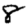
Digit: 8